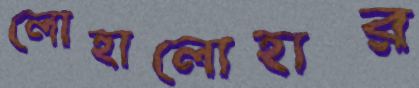
লোহালোহার